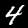
Label: 4